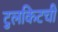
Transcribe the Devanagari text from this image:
टुलकिटची